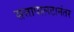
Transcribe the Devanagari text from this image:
सत्तापालटानंतर